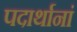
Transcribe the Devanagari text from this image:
पदार्थानां